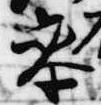
参